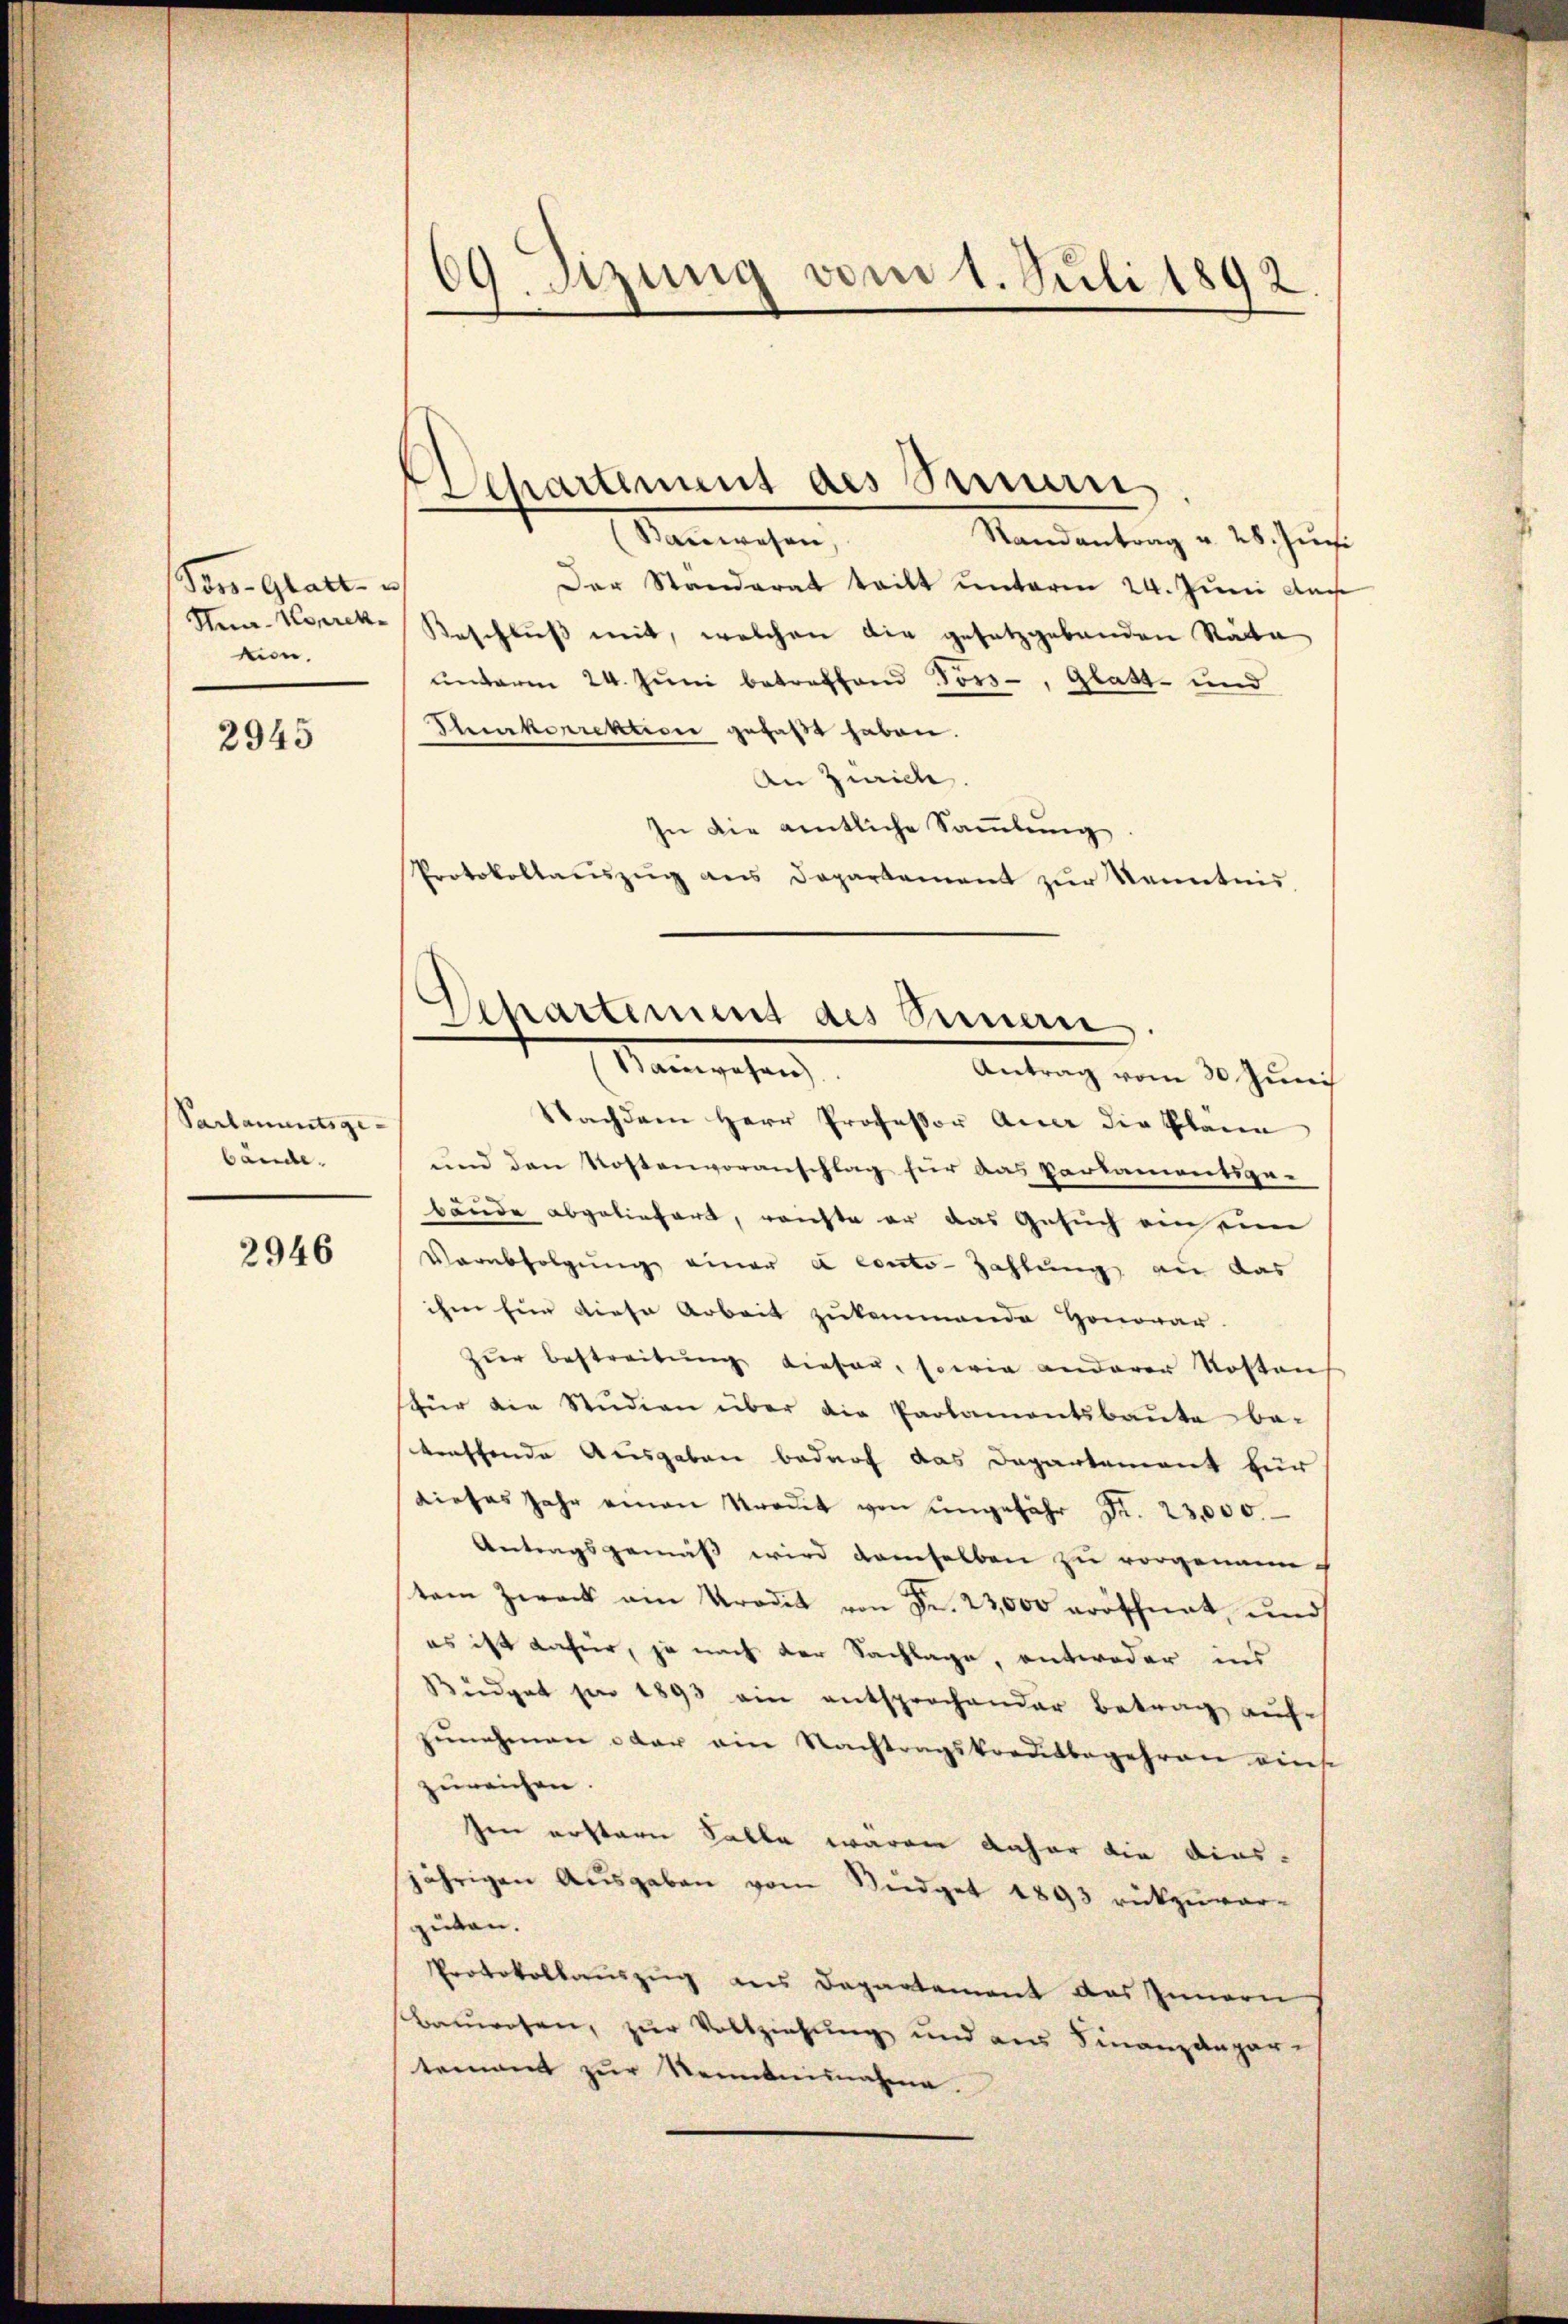
Por-Glatt u
Kna-Korrekmon.
2945

Parlamentsge-
bande.

2946

09. Sitzung vom 1. Juli 1892.

.

Bauwesen,
Randantrag u. 28. Juni
Der Standerat tritt unterm 24. Juni dar
Beschluss mit, welchen die gesetzgebenden Rata
unterm 24. Juni betreffend Fors-, Glatt- und
Turkorrektion gefaßt haben.
An Zürich.
In die amtliche Sammlung.
Protokollaŭszŭg ans Departement zŭr Kenntnis

Separtemens des Feuer

Separtiment des Seinern
Mangehen
Antrag vom 30 Juni

Nachdem Herr Professor Auer die Pläne
und den Kostenvoranschlag für das Parkamentsge-
bände abgeliefert, reichte er das Gesuch ein ein
Verabfolgung einer à conto- Zahlung an das
ihm für diese Arbeit zukommende Honorar.
zŭr Bestreitŭng diesen, sowie anderer Kostens
für die Studien über die Parlamentsbaute be-
traffende Ausgaben bedarf das Departement für
dieses Jahr einen Stredit von ungefähr Fr. 23,000.
Antragsgemäß wird demselben zu vorgenanntem Zweck ein Prodik von Fr. 23,000 eröschnat, und
es ist dafür, ja nach der Sachlage, entweder ins
Büdget par 1893 ein entsprochender Betrag auf
zŭnehmen oder ein Nachtragskreditbegehren eine
zureichen.
sen erstern Salle waren daher die dies-
jährigen Aŭsgaben vom Südget 1893 rückzuver-
guten.
Protokollauszug des Departement des Innern
Bauwesen, zur Vollziehung und aus Finanzdepar-
tement zŭr Neinbeinnahme.